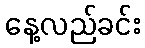
နေ့လည်ခင်း